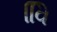
વિિ